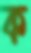
ক